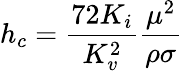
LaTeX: h_{c}=\frac{72K_{i}}{K_{v}^{2}}\frac{\mu^{2}}{\rho\sigma}